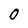
Character: 0